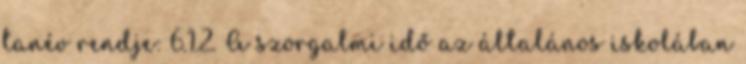
tanév rendje: 6.1.2. A szorgalmi idő az általános iskolában